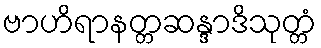
ဗာဟိရာနတ္တဆန္ဒာဒိသုတ္တံ